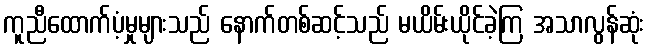
ကူညီထောက်ပံ့မှုများသည် နောက်တစ်ဆင့်သည် မယိမ်းယိုင်ခဲ့ကြ အသာလွန်ဆုံး